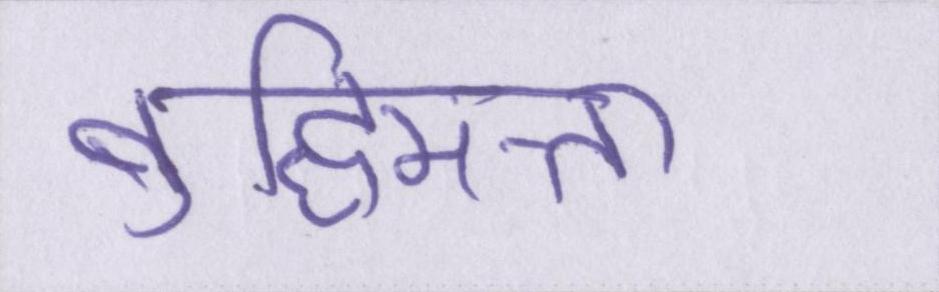
बुद्धिमत्ता